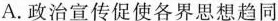
A.政治宣传促使各界思想趋同